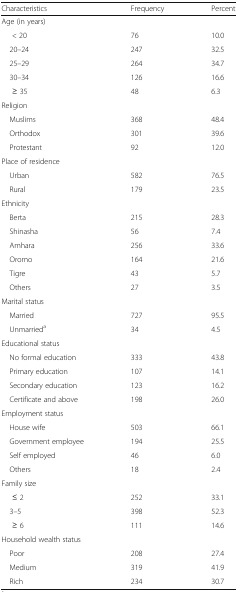
| Characteristics | Frequency | Percent |
 | --- | --- | --- |
 | <COLSPAN=3> Age (in years) |
 | < 20 | 76 | 10.0 |
 | 20–24 | 247 | 32.5 |
 | 25–29 | 264 | 34.7 |
 | 30–34 | 126 | 16.6 |
 | ≥ 35 | 48 | 6.3 |
 | <COLSPAN=3> Religion |
 | Muslims | 368 | 48.4 |
 | Orthodox | 301 | 39.6 |
 | Protestant | 92 | 12.0 |
 | <COLSPAN=3> Place of residence |
 | Urban | 582 | 76.5 |
 | Rural | 179 | 23.5 |
 | <COLSPAN=3> Ethnicity |
 | Berta | 215 | 28.3 |
 | Shinasha | 56 | 7.4 |
 | Amhara | 256 | 33.6 |
 | Oromo | 164 | 21.6 |
 | Tigre | 43 | 5.7 |
 | Others | 27 | 3.5 |
 | <COLSPAN=3> Marital status |
 | Married | 727 | 95.5 |
 | Unmarrieda | 34 | 4.5 |
 | <COLSPAN=3> Educational status |
 | No formal education | 333 | 43.8 |
 | Primary education | 107 | 14.1 |
 | Secondary education | 123 | 16.2 |
 | Certificate and above | 198 | 26.0 |
 | <COLSPAN=3> Employment status |
 | House wife | 503 | 66.1 |
 | Government employee | 194 | 25.5 |
 | Self employed | 46 | 6.0 |
 | Others | 18 | 2.4 |
 | <COLSPAN=3> Family size |
 | ≤ 2 | 252 | 33.1 |
 | 3–5 | 398 | 52.3 |
 | ≥ 6 | 111 | 14.6 |
 | <COLSPAN=3> Household wealth status |
 | Poor | 208 | 27.4 |
 | Medium | 319 | 41.9 |
 | Rich | 234 | 30.7 |